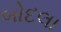
બોદલા